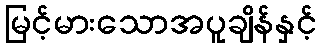
မြင့်မားသောအပူချိန်နှင့်